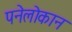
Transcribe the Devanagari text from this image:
पनेलोकान